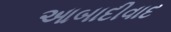
આબાદીવાદ